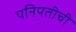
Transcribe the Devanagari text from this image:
पनिपतीची